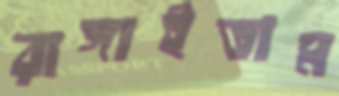
রাঙ্গাইতাম